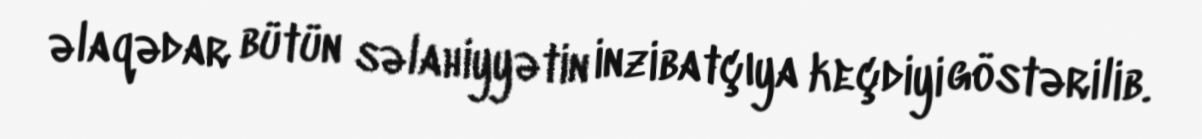
əlaqədar bütün səlahiyyətin inzibatçıya keçdiyi göstərilib.